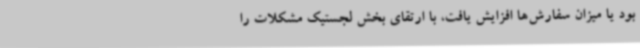
بود یا میزان سفارش‌ها افزایش یافت، با ارتقای بخش لجستیک مشکلات را